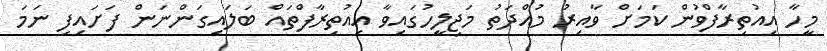
މީހާ އިއުތިރާފްވުން ކަމަށް ވާއިރު މުއްދަތު މަޖިލީހުގައިވާ އިއުތިރާފްތައް ބަލައިގަންނަން ފަށައިފި ނަމަ